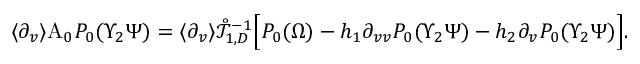
\begin{array} { r } { \langle \partial _ { v } \rangle \mathrm { A } _ { 0 } P _ { 0 } ( \Upsilon _ { 2 } \Psi ) = \langle \partial _ { v } \rangle \mathring { \mathcal { T } } _ { 1 , D } ^ { - 1 } \Big [ P _ { 0 } ( \Omega ) - h _ { 1 } \partial _ { v v } P _ { 0 } ( \Upsilon _ { 2 } \Psi ) - h _ { 2 } \partial _ { v } P _ { 0 } ( \Upsilon _ { 2 } \Psi ) \Big ] . } \end{array}